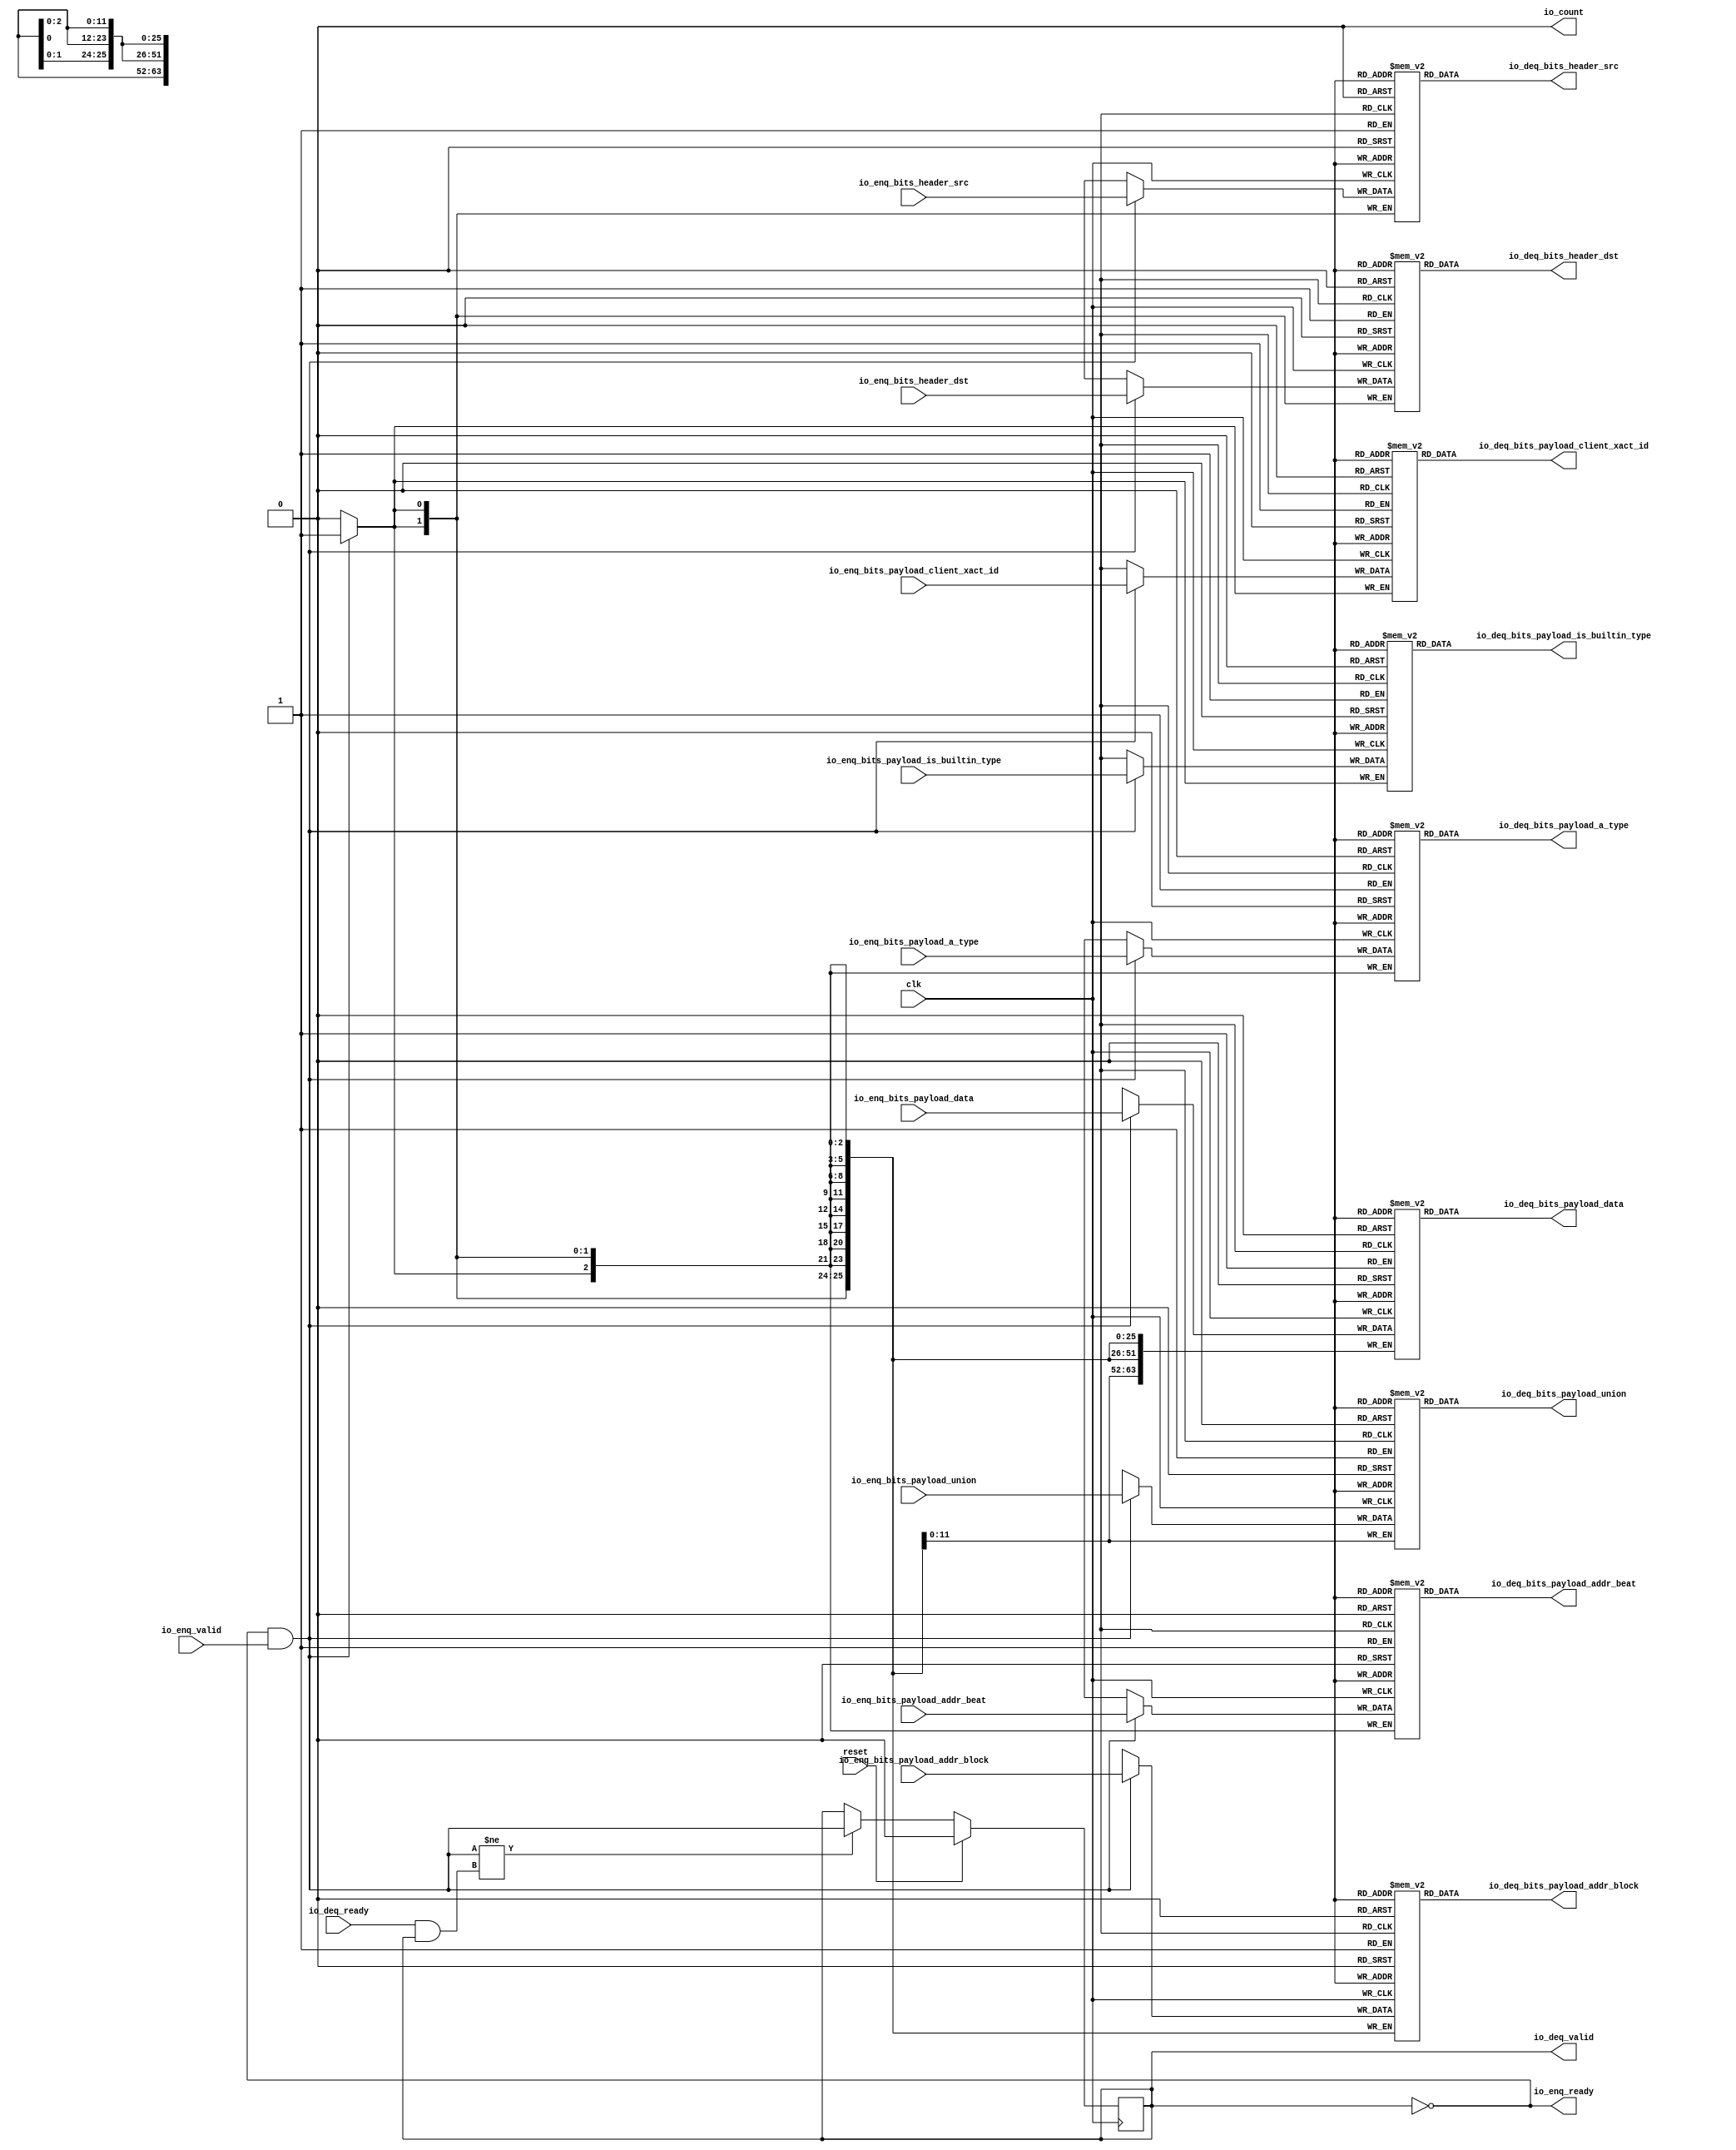
module Queue(
  input   clk,
  input   reset,
  output  io_enq_ready,
  input   io_enq_valid,
  input  [1:0] io_enq_bits_header_src,
  input  [1:0] io_enq_bits_header_dst,
  input  [25:0] io_enq_bits_payload_addr_block,
  input   io_enq_bits_payload_client_xact_id,
  input  [2:0] io_enq_bits_payload_addr_beat,
  input   io_enq_bits_payload_is_builtin_type,
  input  [2:0] io_enq_bits_payload_a_type,
  input  [11:0] io_enq_bits_payload_union,
  input  [63:0] io_enq_bits_payload_data,
  input   io_deq_ready,
  output  io_deq_valid,
  output [1:0] io_deq_bits_header_src,
  output [1:0] io_deq_bits_header_dst,
  output [25:0] io_deq_bits_payload_addr_block,
  output  io_deq_bits_payload_client_xact_id,
  output [2:0] io_deq_bits_payload_addr_beat,
  output  io_deq_bits_payload_is_builtin_type,
  output [2:0] io_deq_bits_payload_a_type,
  output [11:0] io_deq_bits_payload_union,
  output [63:0] io_deq_bits_payload_data,
  output  io_count
);
  reg [1:0] ram_header_src [0:0];
  reg [31:0] GEN_0;
  wire [1:0] ram_header_src_T_1144_data;
  wire  ram_header_src_T_1144_addr;
  wire  ram_header_src_T_1144_en;
  wire [1:0] ram_header_src_T_1025_data;
  wire  ram_header_src_T_1025_addr;
  wire  ram_header_src_T_1025_mask;
  wire  ram_header_src_T_1025_en;
  reg [1:0] ram_header_dst [0:0];
  reg [31:0] GEN_1;
  wire [1:0] ram_header_dst_T_1144_data;
  wire  ram_header_dst_T_1144_addr;
  wire  ram_header_dst_T_1144_en;
  wire [1:0] ram_header_dst_T_1025_data;
  wire  ram_header_dst_T_1025_addr;
  wire  ram_header_dst_T_1025_mask;
  wire  ram_header_dst_T_1025_en;
  reg [25:0] ram_payload_addr_block [0:0];
  reg [31:0] GEN_2;
  wire [25:0] ram_payload_addr_block_T_1144_data;
  wire  ram_payload_addr_block_T_1144_addr;
  wire  ram_payload_addr_block_T_1144_en;
  wire [25:0] ram_payload_addr_block_T_1025_data;
  wire  ram_payload_addr_block_T_1025_addr;
  wire  ram_payload_addr_block_T_1025_mask;
  wire  ram_payload_addr_block_T_1025_en;
  reg  ram_payload_client_xact_id [0:0];
  reg [31:0] GEN_3;
  wire  ram_payload_client_xact_id_T_1144_data;
  wire  ram_payload_client_xact_id_T_1144_addr;
  wire  ram_payload_client_xact_id_T_1144_en;
  wire  ram_payload_client_xact_id_T_1025_data;
  wire  ram_payload_client_xact_id_T_1025_addr;
  wire  ram_payload_client_xact_id_T_1025_mask;
  wire  ram_payload_client_xact_id_T_1025_en;
  reg [2:0] ram_payload_addr_beat [0:0];
  reg [31:0] GEN_4;
  wire [2:0] ram_payload_addr_beat_T_1144_data;
  wire  ram_payload_addr_beat_T_1144_addr;
  wire  ram_payload_addr_beat_T_1144_en;
  wire [2:0] ram_payload_addr_beat_T_1025_data;
  wire  ram_payload_addr_beat_T_1025_addr;
  wire  ram_payload_addr_beat_T_1025_mask;
  wire  ram_payload_addr_beat_T_1025_en;
  reg  ram_payload_is_builtin_type [0:0];
  reg [31:0] GEN_5;
  wire  ram_payload_is_builtin_type_T_1144_data;
  wire  ram_payload_is_builtin_type_T_1144_addr;
  wire  ram_payload_is_builtin_type_T_1144_en;
  wire  ram_payload_is_builtin_type_T_1025_data;
  wire  ram_payload_is_builtin_type_T_1025_addr;
  wire  ram_payload_is_builtin_type_T_1025_mask;
  wire  ram_payload_is_builtin_type_T_1025_en;
  reg [2:0] ram_payload_a_type [0:0];
  reg [31:0] GEN_6;
  wire [2:0] ram_payload_a_type_T_1144_data;
  wire  ram_payload_a_type_T_1144_addr;
  wire  ram_payload_a_type_T_1144_en;
  wire [2:0] ram_payload_a_type_T_1025_data;
  wire  ram_payload_a_type_T_1025_addr;
  wire  ram_payload_a_type_T_1025_mask;
  wire  ram_payload_a_type_T_1025_en;
  reg [11:0] ram_payload_union [0:0];
  reg [31:0] GEN_7;
  wire [11:0] ram_payload_union_T_1144_data;
  wire  ram_payload_union_T_1144_addr;
  wire  ram_payload_union_T_1144_en;
  wire [11:0] ram_payload_union_T_1025_data;
  wire  ram_payload_union_T_1025_addr;
  wire  ram_payload_union_T_1025_mask;
  wire  ram_payload_union_T_1025_en;
  reg [63:0] ram_payload_data [0:0];
  reg [63:0] GEN_8;
  wire [63:0] ram_payload_data_T_1144_data;
  wire  ram_payload_data_T_1144_addr;
  wire  ram_payload_data_T_1144_en;
  wire [63:0] ram_payload_data_T_1025_data;
  wire  ram_payload_data_T_1025_addr;
  wire  ram_payload_data_T_1025_mask;
  wire  ram_payload_data_T_1025_en;
  reg  maybe_full;
  reg [31:0] GEN_9;
  wire  T_1022;
  wire  T_1023;
  wire  do_enq;
  wire  T_1024;
  wire  do_deq;
  wire  T_1139;
  wire  GEN_21;
  wire  T_1141;
  wire [1:0] T_1256;
  wire  ptr_diff;
  wire [1:0] T_1258;
  assign io_enq_ready = T_1022;
  assign io_deq_valid = T_1141;
  assign io_deq_bits_header_src = ram_header_src_T_1144_data;
  assign io_deq_bits_header_dst = ram_header_dst_T_1144_data;
  assign io_deq_bits_payload_addr_block = ram_payload_addr_block_T_1144_data;
  assign io_deq_bits_payload_client_xact_id = ram_payload_client_xact_id_T_1144_data;
  assign io_deq_bits_payload_addr_beat = ram_payload_addr_beat_T_1144_data;
  assign io_deq_bits_payload_is_builtin_type = ram_payload_is_builtin_type_T_1144_data;
  assign io_deq_bits_payload_a_type = ram_payload_a_type_T_1144_data;
  assign io_deq_bits_payload_union = ram_payload_union_T_1144_data;
  assign io_deq_bits_payload_data = ram_payload_data_T_1144_data;
  assign io_count = T_1258[0];
  assign ram_header_src_T_1144_addr = 1'h0;
  assign ram_header_src_T_1144_en = 1'h1;
  assign ram_header_src_T_1144_data = ram_header_src[ram_header_src_T_1144_addr];
  assign ram_header_src_T_1025_data = io_enq_bits_header_src;
  assign ram_header_src_T_1025_addr = 1'h0;
  assign ram_header_src_T_1025_mask = do_enq;
  assign ram_header_src_T_1025_en = do_enq;
  assign ram_header_dst_T_1144_addr = 1'h0;
  assign ram_header_dst_T_1144_en = 1'h1;
  assign ram_header_dst_T_1144_data = ram_header_dst[ram_header_dst_T_1144_addr];
  assign ram_header_dst_T_1025_data = io_enq_bits_header_dst;
  assign ram_header_dst_T_1025_addr = 1'h0;
  assign ram_header_dst_T_1025_mask = do_enq;
  assign ram_header_dst_T_1025_en = do_enq;
  assign ram_payload_addr_block_T_1144_addr = 1'h0;
  assign ram_payload_addr_block_T_1144_en = 1'h1;
  assign ram_payload_addr_block_T_1144_data = ram_payload_addr_block[ram_payload_addr_block_T_1144_addr];
  assign ram_payload_addr_block_T_1025_data = io_enq_bits_payload_addr_block;
  assign ram_payload_addr_block_T_1025_addr = 1'h0;
  assign ram_payload_addr_block_T_1025_mask = do_enq;
  assign ram_payload_addr_block_T_1025_en = do_enq;
  assign ram_payload_client_xact_id_T_1144_addr = 1'h0;
  assign ram_payload_client_xact_id_T_1144_en = 1'h1;
  assign ram_payload_client_xact_id_T_1144_data = ram_payload_client_xact_id[ram_payload_client_xact_id_T_1144_addr];
  assign ram_payload_client_xact_id_T_1025_data = io_enq_bits_payload_client_xact_id;
  assign ram_payload_client_xact_id_T_1025_addr = 1'h0;
  assign ram_payload_client_xact_id_T_1025_mask = do_enq;
  assign ram_payload_client_xact_id_T_1025_en = do_enq;
  assign ram_payload_addr_beat_T_1144_addr = 1'h0;
  assign ram_payload_addr_beat_T_1144_en = 1'h1;
  assign ram_payload_addr_beat_T_1144_data = ram_payload_addr_beat[ram_payload_addr_beat_T_1144_addr];
  assign ram_payload_addr_beat_T_1025_data = io_enq_bits_payload_addr_beat;
  assign ram_payload_addr_beat_T_1025_addr = 1'h0;
  assign ram_payload_addr_beat_T_1025_mask = do_enq;
  assign ram_payload_addr_beat_T_1025_en = do_enq;
  assign ram_payload_is_builtin_type_T_1144_addr = 1'h0;
  assign ram_payload_is_builtin_type_T_1144_en = 1'h1;
  assign ram_payload_is_builtin_type_T_1144_data = ram_payload_is_builtin_type[ram_payload_is_builtin_type_T_1144_addr];
  assign ram_payload_is_builtin_type_T_1025_data = io_enq_bits_payload_is_builtin_type;
  assign ram_payload_is_builtin_type_T_1025_addr = 1'h0;
  assign ram_payload_is_builtin_type_T_1025_mask = do_enq;
  assign ram_payload_is_builtin_type_T_1025_en = do_enq;
  assign ram_payload_a_type_T_1144_addr = 1'h0;
  assign ram_payload_a_type_T_1144_en = 1'h1;
  assign ram_payload_a_type_T_1144_data = ram_payload_a_type[ram_payload_a_type_T_1144_addr];
  assign ram_payload_a_type_T_1025_data = io_enq_bits_payload_a_type;
  assign ram_payload_a_type_T_1025_addr = 1'h0;
  assign ram_payload_a_type_T_1025_mask = do_enq;
  assign ram_payload_a_type_T_1025_en = do_enq;
  assign ram_payload_union_T_1144_addr = 1'h0;
  assign ram_payload_union_T_1144_en = 1'h1;
  assign ram_payload_union_T_1144_data = ram_payload_union[ram_payload_union_T_1144_addr];
  assign ram_payload_union_T_1025_data = io_enq_bits_payload_union;
  assign ram_payload_union_T_1025_addr = 1'h0;
  assign ram_payload_union_T_1025_mask = do_enq;
  assign ram_payload_union_T_1025_en = do_enq;
  assign ram_payload_data_T_1144_addr = 1'h0;
  assign ram_payload_data_T_1144_en = 1'h1;
  assign ram_payload_data_T_1144_data = ram_payload_data[ram_payload_data_T_1144_addr];
  assign ram_payload_data_T_1025_data = io_enq_bits_payload_data;
  assign ram_payload_data_T_1025_addr = 1'h0;
  assign ram_payload_data_T_1025_mask = do_enq;
  assign ram_payload_data_T_1025_en = do_enq;
  assign T_1022 = maybe_full == 1'h0;
  assign T_1023 = io_enq_ready & io_enq_valid;
  assign do_enq = T_1023;
  assign T_1024 = io_deq_ready & io_deq_valid;
  assign do_deq = T_1024;
  assign T_1139 = do_enq != do_deq;
  assign GEN_21 = T_1139 ? do_enq : maybe_full;
  assign T_1141 = T_1022 == 1'h0;
  assign T_1256 = 1'h0 - 1'h0;
  assign ptr_diff = T_1256[0:0];
  assign T_1258 = {maybe_full,ptr_diff};
`ifdef RANDOMIZE
  integer initvar;
  initial begin
    `ifndef verilator
      #0.002;
    `endif
  GEN_0 = {1{$random}};
  `ifdef RANDOMIZE
  for (initvar = 0; initvar < 1; initvar = initvar+1)
    ram_header_src[initvar] = GEN_0[1:0];
  `endif
  GEN_1 = {1{$random}};
  `ifdef RANDOMIZE
  for (initvar = 0; initvar < 1; initvar = initvar+1)
    ram_header_dst[initvar] = GEN_1[1:0];
  `endif
  GEN_2 = {1{$random}};
  `ifdef RANDOMIZE
  for (initvar = 0; initvar < 1; initvar = initvar+1)
    ram_payload_addr_block[initvar] = GEN_2[25:0];
  `endif
  GEN_3 = {1{$random}};
  `ifdef RANDOMIZE
  for (initvar = 0; initvar < 1; initvar = initvar+1)
    ram_payload_client_xact_id[initvar] = GEN_3[0:0];
  `endif
  GEN_4 = {1{$random}};
  `ifdef RANDOMIZE
  for (initvar = 0; initvar < 1; initvar = initvar+1)
    ram_payload_addr_beat[initvar] = GEN_4[2:0];
  `endif
  GEN_5 = {1{$random}};
  `ifdef RANDOMIZE
  for (initvar = 0; initvar < 1; initvar = initvar+1)
    ram_payload_is_builtin_type[initvar] = GEN_5[0:0];
  `endif
  GEN_6 = {1{$random}};
  `ifdef RANDOMIZE
  for (initvar = 0; initvar < 1; initvar = initvar+1)
    ram_payload_a_type[initvar] = GEN_6[2:0];
  `endif
  GEN_7 = {1{$random}};
  `ifdef RANDOMIZE
  for (initvar = 0; initvar < 1; initvar = initvar+1)
    ram_payload_union[initvar] = GEN_7[11:0];
  `endif
  GEN_8 = {2{$random}};
  `ifdef RANDOMIZE
  for (initvar = 0; initvar < 1; initvar = initvar+1)
    ram_payload_data[initvar] = GEN_8[63:0];
  `endif
  `ifdef RANDOMIZE
  GEN_9 = {1{$random}};
  maybe_full = GEN_9[0:0];
  `endif
  end
`endif
  always @(posedge clk) begin
    if(ram_header_src_T_1025_en & ram_header_src_T_1025_mask) begin
      ram_header_src[ram_header_src_T_1025_addr] <= ram_header_src_T_1025_data;
    end
    if(ram_header_dst_T_1025_en & ram_header_dst_T_1025_mask) begin
      ram_header_dst[ram_header_dst_T_1025_addr] <= ram_header_dst_T_1025_data;
    end
    if(ram_payload_addr_block_T_1025_en & ram_payload_addr_block_T_1025_mask) begin
      ram_payload_addr_block[ram_payload_addr_block_T_1025_addr] <= ram_payload_addr_block_T_1025_data;
    end
    if(ram_payload_client_xact_id_T_1025_en & ram_payload_client_xact_id_T_1025_mask) begin
      ram_payload_client_xact_id[ram_payload_client_xact_id_T_1025_addr] <= ram_payload_client_xact_id_T_1025_data;
    end
    if(ram_payload_addr_beat_T_1025_en & ram_payload_addr_beat_T_1025_mask) begin
      ram_payload_addr_beat[ram_payload_addr_beat_T_1025_addr] <= ram_payload_addr_beat_T_1025_data;
    end
    if(ram_payload_is_builtin_type_T_1025_en & ram_payload_is_builtin_type_T_1025_mask) begin
      ram_payload_is_builtin_type[ram_payload_is_builtin_type_T_1025_addr] <= ram_payload_is_builtin_type_T_1025_data;
    end
    if(ram_payload_a_type_T_1025_en & ram_payload_a_type_T_1025_mask) begin
      ram_payload_a_type[ram_payload_a_type_T_1025_addr] <= ram_payload_a_type_T_1025_data;
    end
    if(ram_payload_union_T_1025_en & ram_payload_union_T_1025_mask) begin
      ram_payload_union[ram_payload_union_T_1025_addr] <= ram_payload_union_T_1025_data;
    end
    if(ram_payload_data_T_1025_en & ram_payload_data_T_1025_mask) begin
      ram_payload_data[ram_payload_data_T_1025_addr] <= ram_payload_data_T_1025_data;
    end
    if(reset) begin
      maybe_full <= 1'h0;
    end else begin
      if(T_1139) begin
        maybe_full <= do_enq;
      end
    end
  end
endmodule